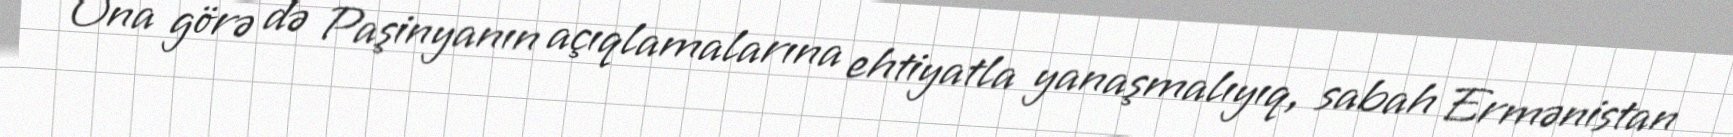
Ona görə də Paşinyanın açıqlamalarına ehtiyatla yanaşmalıyıq, sabah Ermənistan